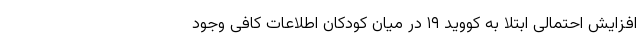
افزایش احتمالی ابتلا به کووید ۱۹ در میان کودکان اطلاعات کافی وجود